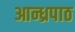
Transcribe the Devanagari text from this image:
आन्ध्रपाठ